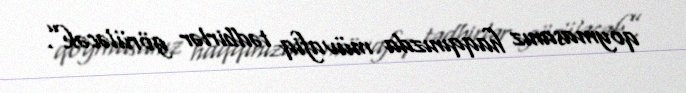
qoymasanız haqqınızda müvafiq tədbirlər görüləcək”.